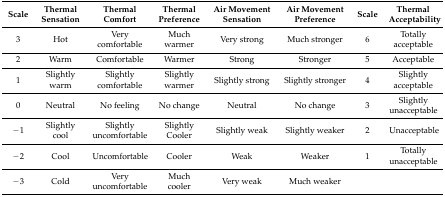
<table><thead><tr><td><b>Scale</b></td><td><b>Thermal Sensation</b></td><td><b>Thermal Comfort</b></td><td><b>Thermal Preference</b></td><td><b>Air Movement Sensation</b></td><td><b>Air Movement Preference</b></td><td><b>Scale</b></td><td><b>Thermal Acceptability</b></td></tr></thead><tbody><tr><td>3</td><td>Hot</td><td>Very comfortable</td><td>Much warmer</td><td>Very strong</td><td>Much stronger</td><td>6</td><td>Totally acceptable</td></tr><tr><td>2</td><td>Warm</td><td>Comfortable</td><td>Warmer</td><td>Strong</td><td>Stronger</td><td>5</td><td>Acceptable</td></tr><tr><td>1</td><td>Slightly warm</td><td>Slightly comfortable</td><td>Slightly warmer</td><td>Slightly strong</td><td>Slightly stronger</td><td>4</td><td>Slightly acceptable</td></tr><tr><td>0</td><td>Neutral</td><td>No feeling</td><td>No change</td><td>Neutral</td><td>No change</td><td>3</td><td>Slightly unacceptable</td></tr><tr><td>−1</td><td>Slightly cool</td><td>Slightly uncomfortable</td><td>Slightly Cooler</td><td>Slightly weak</td><td>Slightly weaker</td><td>2</td><td>Unacceptable</td></tr><tr><td>−2</td><td>Cool</td><td>Uncomfortable</td><td>Cooler</td><td>Weak</td><td>Weaker</td><td>1</td><td>Totally unacceptable</td></tr><tr><td>−3</td><td>Cold</td><td>Very uncomfortable</td><td>Much cooler</td><td>Very weak</td><td>Much weaker</td><td></td><td></td></tr></tbody></table>